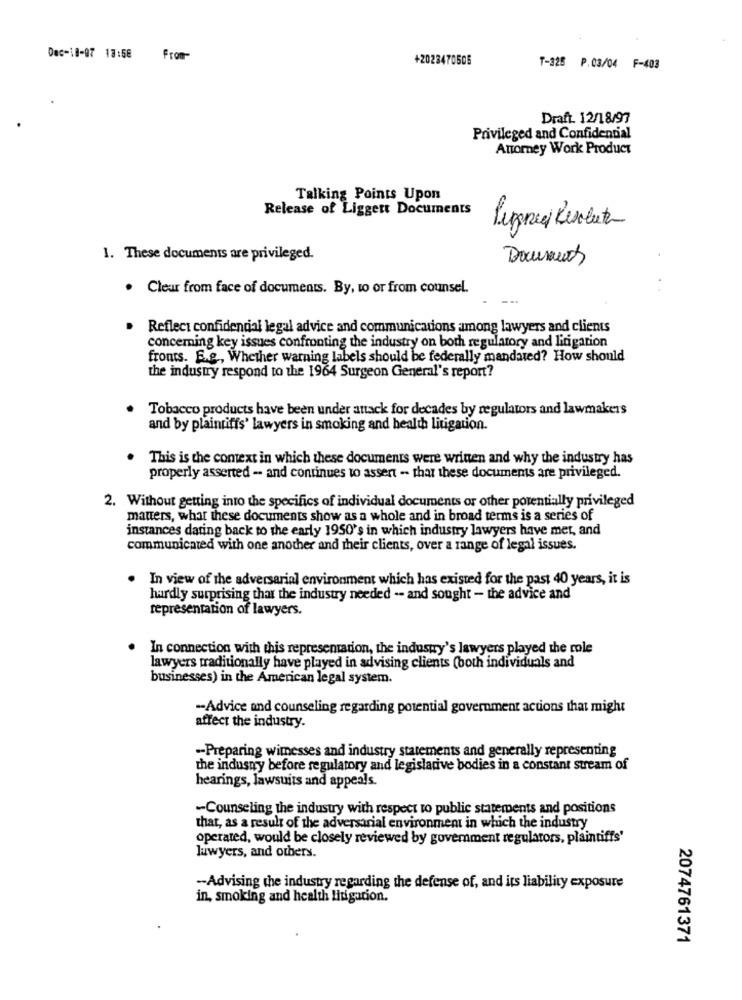
Dec-18-97 13:58
From-
+2023470505
T-325 P.03/04 F-403
Draft. 12/18/97
Privileged and Confidential
Attorney Work Product
Talking Points Upon
Release of Liggert Documents
Pisanie Resolute
1. These documents are privileged.
Documents
. Clear from face of documents. By, to or from counsel.
Reflect confidencial legal advice and communications among lawyers and clients
concerning key issues confronting the industry on both regulatory and litigation
fronts. E.g ., Whether warning labels should be federally mandated? How should
the industry respond to the 1964 Surgeon General's report?
Tobacco products have been under attack for decades by regulators and lawmakers
and by plaintiffs' lawyers in smoking and health litigation.
This is the context in which these documents were written and why the industry has
properly asserted - and continues to assert - that these documents are privileged.
2. Without getting into the specifics of individual documents or other potentially privileged
matters, what these documents show as a whole and in broad terms is a series of
instances dating back to the early 1950's in which industry lawyers have met, and
communicated with one another and their clients, over a range of legal issues.
In view of the adversarial environment which has existed for the past 40 years, it is
hardly surprising that the industry needed -- and sought - the advice and
representation of lawyers.
In connection with this representation, the industry's lawyers played the role
lawyers traditionally have played in advising clients (both individuals and
businesses) in the American legal system.
-Advice and counseling regarding potential government actions that might
affect the industry.
-Preparing wimesses and industry statements and generally representing
the industry before regulatory and legislative bodies in a constant stream of
hearings, lawsuits and appeals.
-Counseling the industry with respect to public statements and positions
that, as a result of the adversarial environment in which the industry
operated, would be closely reviewed by goverment regulators, plaintiffs'
lawyers, and others.
-Advising the industry regarding the defense of, and its liability exposure
in, smoking and health litigation.
2074761371